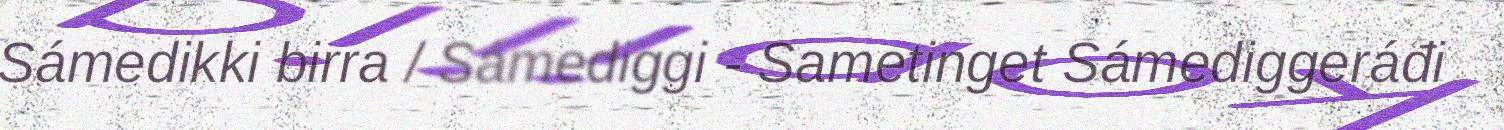
Sámedikki birra / Sámediggi - Sametinget Sámediggeráđi